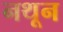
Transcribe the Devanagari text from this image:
नथून